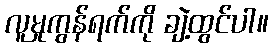
လူမှုကွန်ရက်ကို ချဲ့ထွင်ပါ။